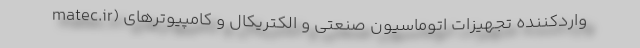
matec.ir) واردکننده تجهیزات اتوماسیون صنعتی و الکتریکال و کامپیوترهای